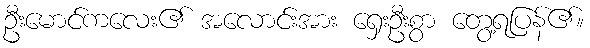
ဦးမောင်ကလေး၏ အလောင်းအား ရှေးဦးစွာ တွေ့ရပြန်၏။